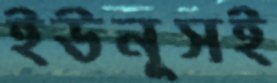
ইউনূসই